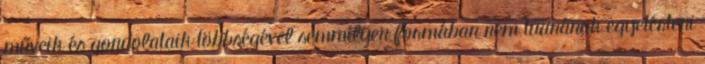
műveik és gondolataik többségével semmilyen formában nem tudnának egyetérteni